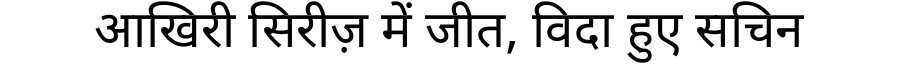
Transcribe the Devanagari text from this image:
आखिरी सिरीज़ में जीत, विदा हुए सचिन